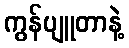
ကွန်ပျူတာနဲ့